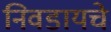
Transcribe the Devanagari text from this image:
निवडायचे